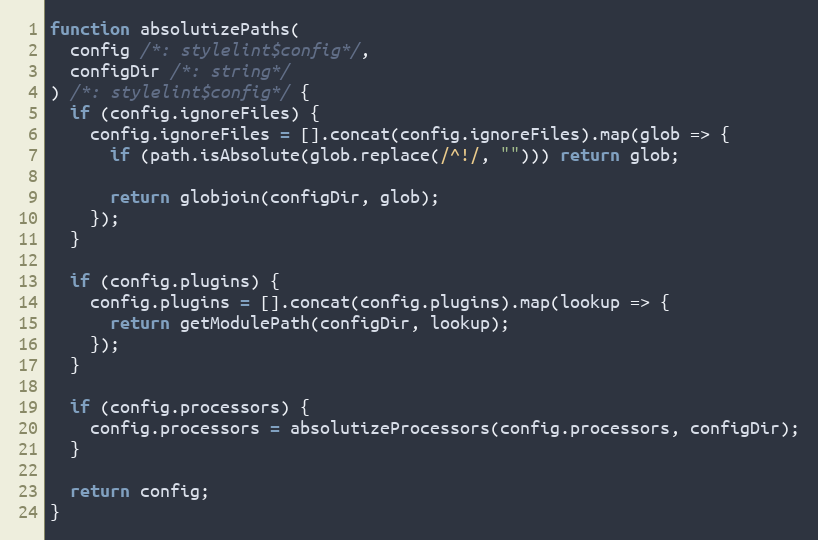
Language: JavaScript
function absolutizePaths(
  config /*: stylelint$config*/,
  configDir /*: string*/
) /*: stylelint$config*/ {
  if (config.ignoreFiles) {
    config.ignoreFiles = [].concat(config.ignoreFiles).map(glob => {
      if (path.isAbsolute(glob.replace(/^!/, ""))) return glob;

      return globjoin(configDir, glob);
    });
  }

  if (config.plugins) {
    config.plugins = [].concat(config.plugins).map(lookup => {
      return getModulePath(configDir, lookup);
    });
  }

  if (config.processors) {
    config.processors = absolutizeProcessors(config.processors, configDir);
  }

  return config;
}